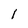
Character: I